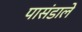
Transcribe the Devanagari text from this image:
पासंडाले